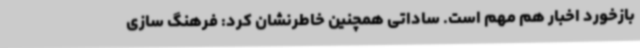
بازخورد اخبار هم مهم است. ساداتی همچنین خاطرنشان کرد: فرهنگ‌ سازی